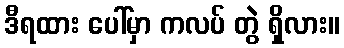
ဒီရထား ပေါ်မှာ ကလပ် တွဲ ရှိလား။